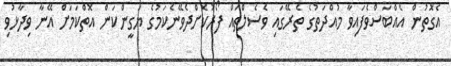
އެގޮތުން އެއްބަސްވެފައިވާ މުއްދަތުގެ ތެރޭގައި ވެސެލްތައް ފޯރުކޮށްދެވޭނެކަމުގެ ޔަގީންކަން އޮތްކަމަށް އޭނާ ވިދާޅުވި